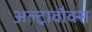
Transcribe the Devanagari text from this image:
अल्ट्रावौक्स